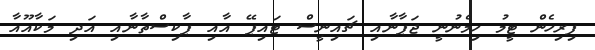
ފިރިހެން ޓީމު ހިމެނުނީ ޖަޕާނާއި ޗައިނީސް ޓައިޕޭ އާއި ޕާކިސްތާނާއި އަދި މަކާއޫއާ